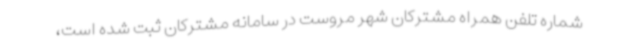
شماره تلفن همراه مشترکان شهر مروست در سامانه مشترکان ثبت شده است،